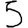
Digit: 5